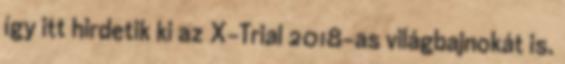
így itt hirdetik ki az X-Trial 2018-as világbajnokát is.